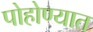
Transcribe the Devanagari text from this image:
पोहोण्यात